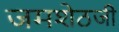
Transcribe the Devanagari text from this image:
जमशेठजी